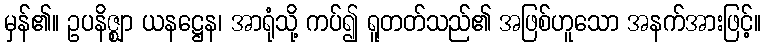
မှန်၏။ ဥပနိဇ္ဈာ ယနဋ္ဌေန၊ အာရုံသို့ ကပ်၍ ရူတတ်သည်၏ အဖြစ်ဟူသော အနက်အားဖြင့်။